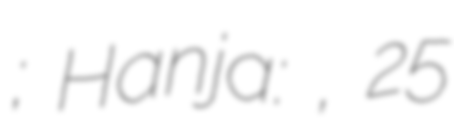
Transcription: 박진; Hanja: 朴晉, 25